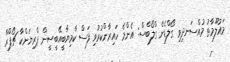
މައުލޫމާތު މުއްސަނދިވި ގޯލްޑެން ގްލޯބްސް: އެންމެ ހައިރާންކުރުވި ފަސް ކާމިޔާބީއޭބީސީން ޕްރިޔަންކާ ޗޯޕްރާ